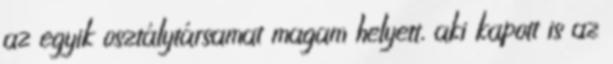
az egyik osztálytársamat magam helyett, aki kapott is az